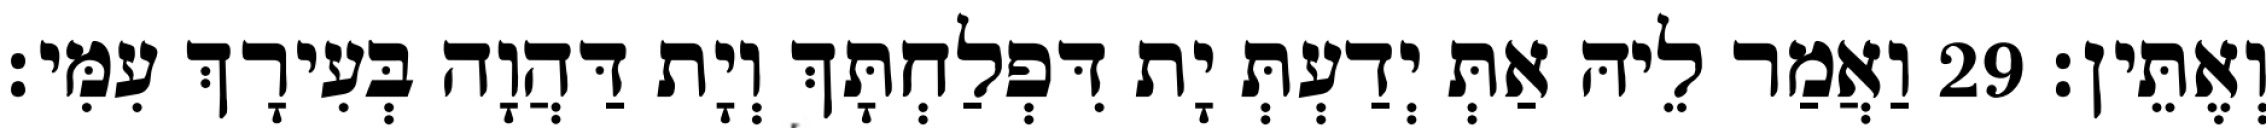
וְאֶתֵּין׃ 29 וַאֲמַר לֵיהּ אַתְּ יְדַעְתְּ יָת דִּפְלַחְתָּךְ וְיָת דַּהֲוָה בְּעִירָךְ עִמִּי׃